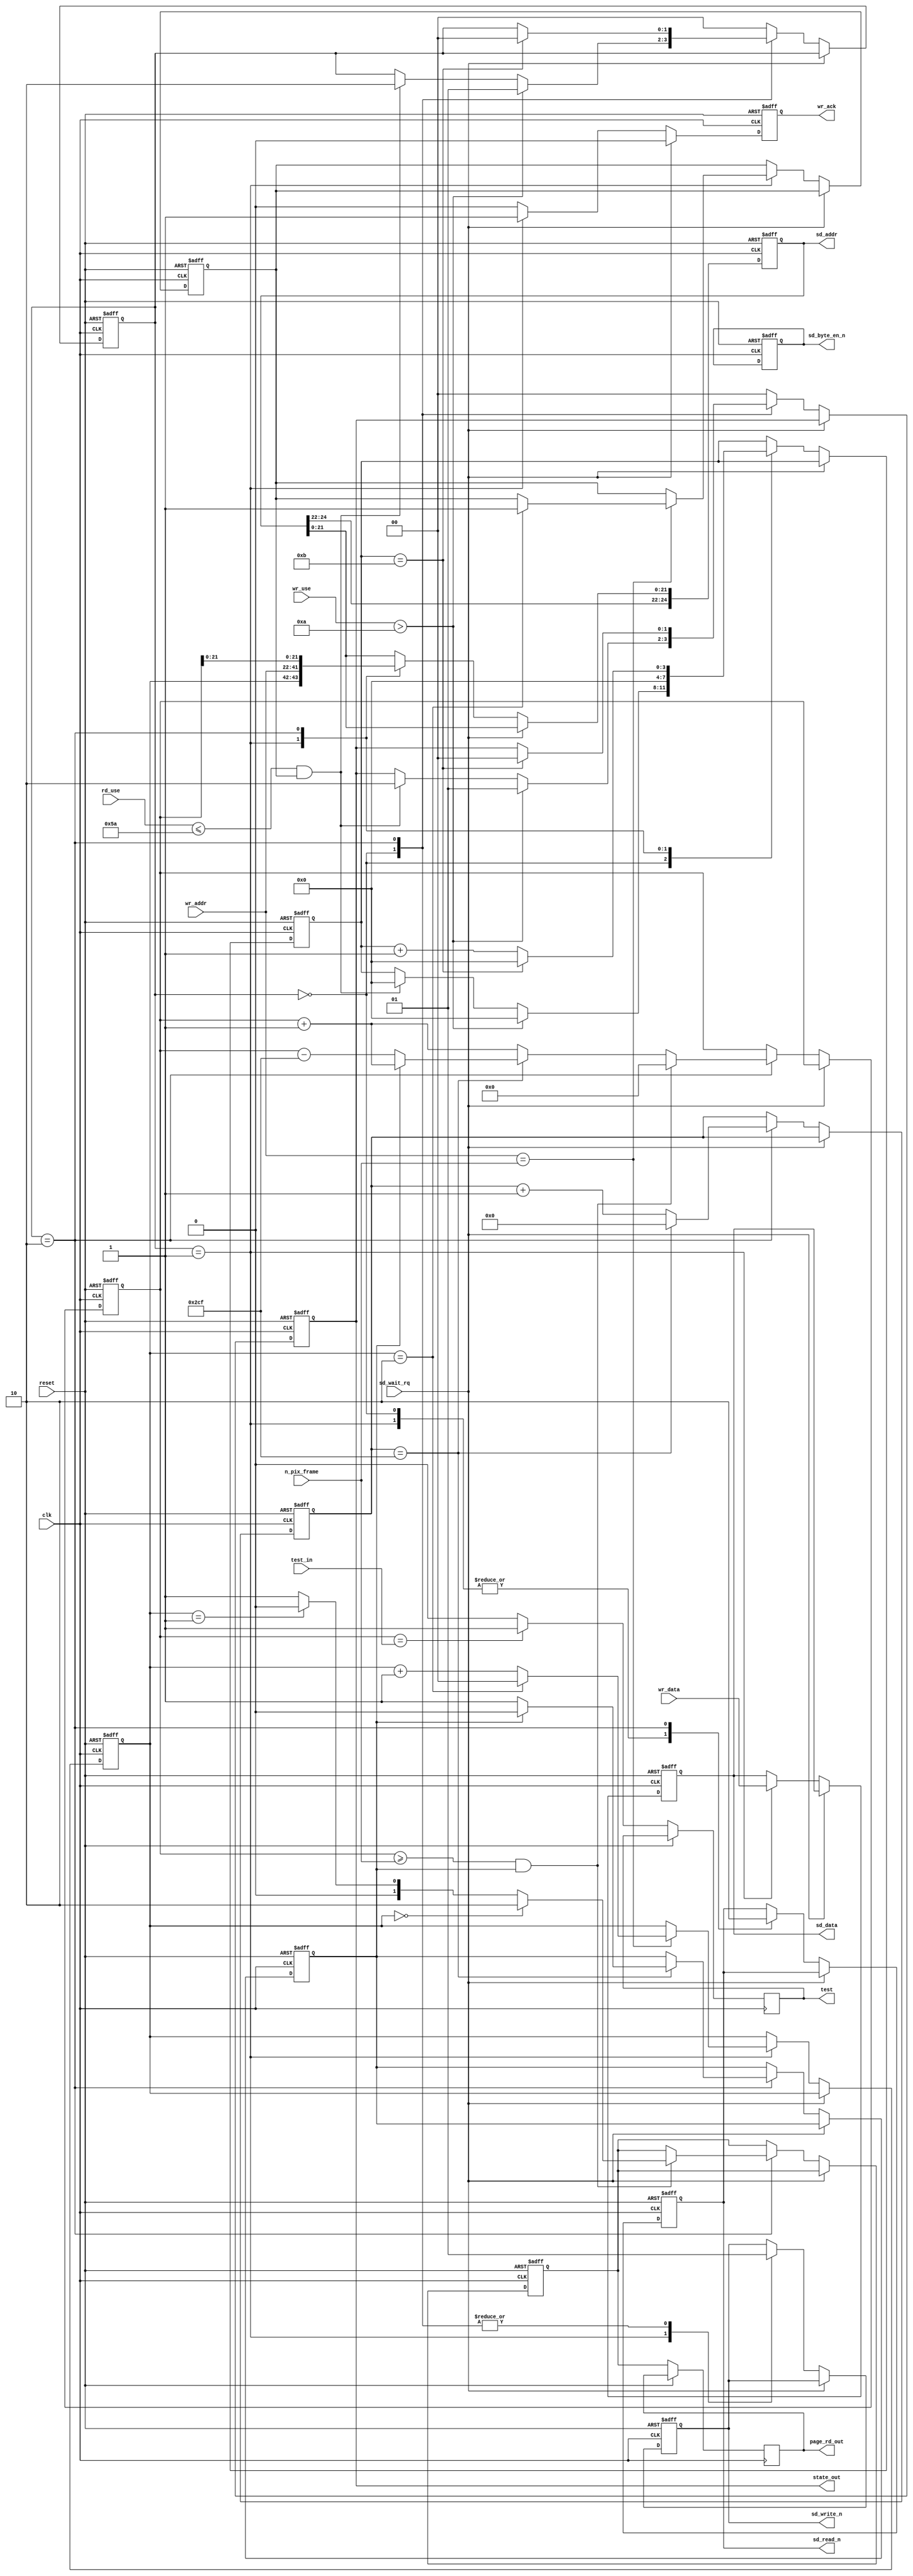
module FRAME_BUFFER(
	input wire clk,
	input wire reset,	
	input wire sd_wait_rq,
	
	input wire [15:0]wr_data,
	input wire [19:0]wr_addr,
	input wire [6:0]wr_use,
	input wire [6:0]rd_use,
	input wire [19:0]n_pix_frame,
	input wire [19:0]test_in,
	
	output reg [24:0]sd_addr,
	output reg [1:0]sd_byte_en_n,
	output reg [15:0]sd_data,
	output reg sd_read_n,
	output reg sd_write_n,	
	output reg wr_ack,
	output reg [1:0]state_out,
	output reg [1:0]page_rd_out,
	output reg test
	);

reg [1:0]state = 0;
reg [24:0]rd_addr = 0;
reg [9:0]cnt_720 = 0;
reg fl_one = 0;
reg [1:0]page_rd = 0;
reg [1:0]page_wr = 1;
reg [3:0]timer = 0;
reg rd_start = 0;

always @(posedge clk or posedge reset)
	if(reset) 
	begin
		sd_addr <= 0;
		sd_byte_en_n <= 0;
		sd_data <= 0;
		sd_read_n <= 1;
		sd_write_n <= 1;
		rd_addr <= 0;
		cnt_720 <= 0;
		fl_one <= 0;
		page_rd <= 0;	
		page_wr <= 1;
		wr_ack <= 0;
		timer <= 0;
		rd_start <= 0;
		state <= 0;
		state_out <= 0;
	end 
	else begin	
		wr_ack <= 0;
		test <= 0;	
		page_rd_out <= page_rd;	
		
		if(rd_addr == test_in)
		begin
			test <= 1;
		end
		
		if(~sd_wait_rq)
		begin	
			case(state)		
				0: //
				begin			
					sd_write_n <= 1;
					sd_read_n <= 1;
					
					if(wr_use > 10)
					begin
						timer <= 0;
//						wr_ack <= 1;
						state <= 1;
						state_out <= 1;						
					end
					else if((rd_use <= 90)&&(rd_start))
					begin
						timer <= 0;
						state <= 2;
						state_out <= 2;				
					end				
				end //state_0
					
				1: // wr
				begin			
					sd_data <= wr_data;
					sd_addr[21:0] <= {page_wr, wr_addr};
					sd_write_n <= 0;
					sd_read_n <= 1;	
					wr_ack <= 1;
			
					if(wr_addr == (n_pix_frame)) 
					begin	
						page_wr <= page_wr + 1;						
						if(page_wr == 2'd2) 
						begin
							page_wr <= 2'd0;
							rd_start <= 1;
						end						
					end					
//					timer <= timer + 1;
//					if(timer == 7)
//					begin
						timer <= 0;
						state <= 0;
						state_out <= 0;
//					end
				end //state_1	
					
				2: // rd
				begin				
					sd_addr[21:0] <= {page_rd, rd_addr};
					
					rd_addr <= rd_addr + 1'd1;					
					cnt_720 <= cnt_720 + 1'd1;					
					if (cnt_720 == 719)
					begin						
						cnt_720 <= 0;
						
						if(fl_one == 0)
						begin
							rd_addr <= (rd_addr - 10'd719);						
							fl_one <= 1;
						end
						else begin
							fl_one <= 0;
						end	
						
					end
				
					sd_write_n <= 1;
					sd_read_n <= 0;	
					
					if((rd_addr >= (n_pix_frame))&&(fl_one == 1))  
					begin					
						rd_addr <= 0;	
						
						if(page_wr == 0)					
							page_rd <= 2;
						else if(page_wr == 1)			
							page_rd <= 0;									
						else			
							page_rd <= 1;										
					end	
					
					timer <= timer + 1;
					if(timer == 11)
					begin
						timer <= 0;
						state <= 0;
						state_out <= 0;
					end
				end //state_2	
				
				default:
				begin			
					state <= 0;
					state_out <= 0;				
				end //default	
				
			endcase //case(state)			
		end //if(~sd_wait_rq)
		
	end //else reset
endmodule